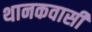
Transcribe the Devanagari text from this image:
थानकवासी